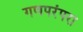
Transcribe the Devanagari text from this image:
गणपरंपरा